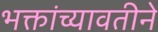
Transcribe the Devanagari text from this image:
भक्तांच्यावतीने